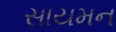
સાયમન